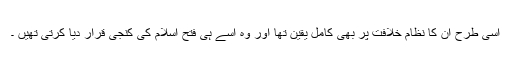
اسی طرح ان کا نظام خلافت پر بھی کامل یقین تھا اور وہ اسے ہی فتح اسلام کی کنجی قرار دیا کرتی تھیں ۔